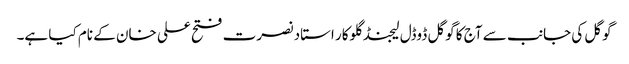
گوگل کی جانب سے آج کا گوگل ڈوڈل لیجنڈ گلوکار استاد نصرت فتح علی خان کے نام کیا ہے۔